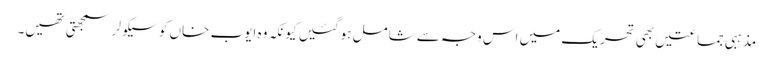
مذہبی جماعتیں بھی تحریک میں اس وجہ سے شامل ہوگئیں کیونکہ وہ ایوب خاں کو سیکولر سمجھتی تھیں۔